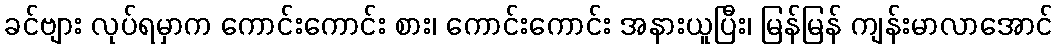
ခင်ဗျား လုပ်ရမှာက ကောင်းကောင်း စား၊ ကောင်းကောင်း အနားယူပြီး၊ မြန်မြန် ကျန်းမာလာအောင်